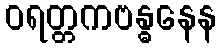
ဝရတ္တကဗန္ဓနေန